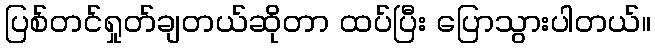
ပြစ်တင်ရှုတ်ချတယ်ဆိုတာ ထပ်ပြီး ပြောသွားပါတယ်။